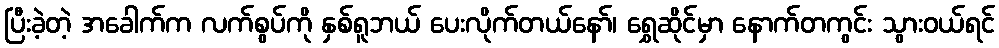
ပြီးခဲ့တဲ့ အခေါက်က လက်စွပ်ကို နှစ်ရူဘယ် ပေးလိုက်တယ်နော်၊ ရွှေဆိုင်မှာ နောက်တကွင်း သွားဝယ်ရင်